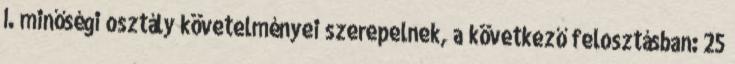
I. minőségi osztály követelményei szerepelnek, a következő felosztásban: 25